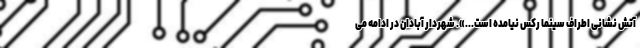
آتش نشانی اطراف سینما رکس نیامده است...». شهردار آبادان در ادامه می